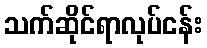
သက်ဆိုင်ရာလုပ်ငန်း